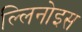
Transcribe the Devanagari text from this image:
ल्लिनोइस